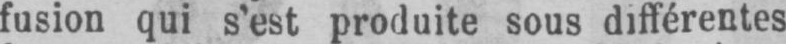
fusion qui s’est produite sous différentes